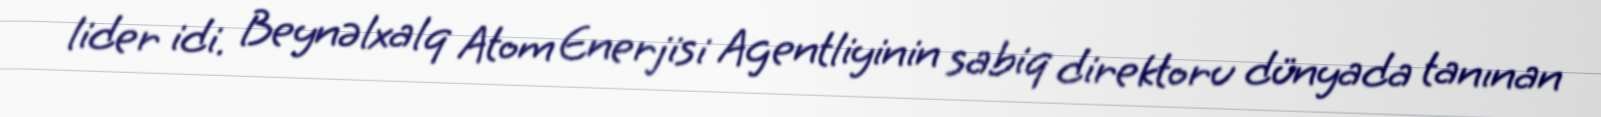
lider idi. Beynəlxalq Atom Enerjisi Agentliyinin sabiq direktoru dünyada tanınan